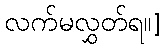
လက်မလွှတ်ရ။]